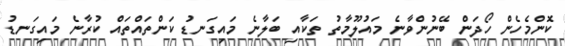
ކޮންމެހެން ހޯދަން ބޭނުންވާނެ މައުލޫމާތު ތަކާއި ބަލާނެ މައިގަނޑު ކަންތައްތައް ކުރާނެ މައިގަނޑު